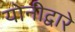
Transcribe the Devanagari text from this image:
योनीद्वारे